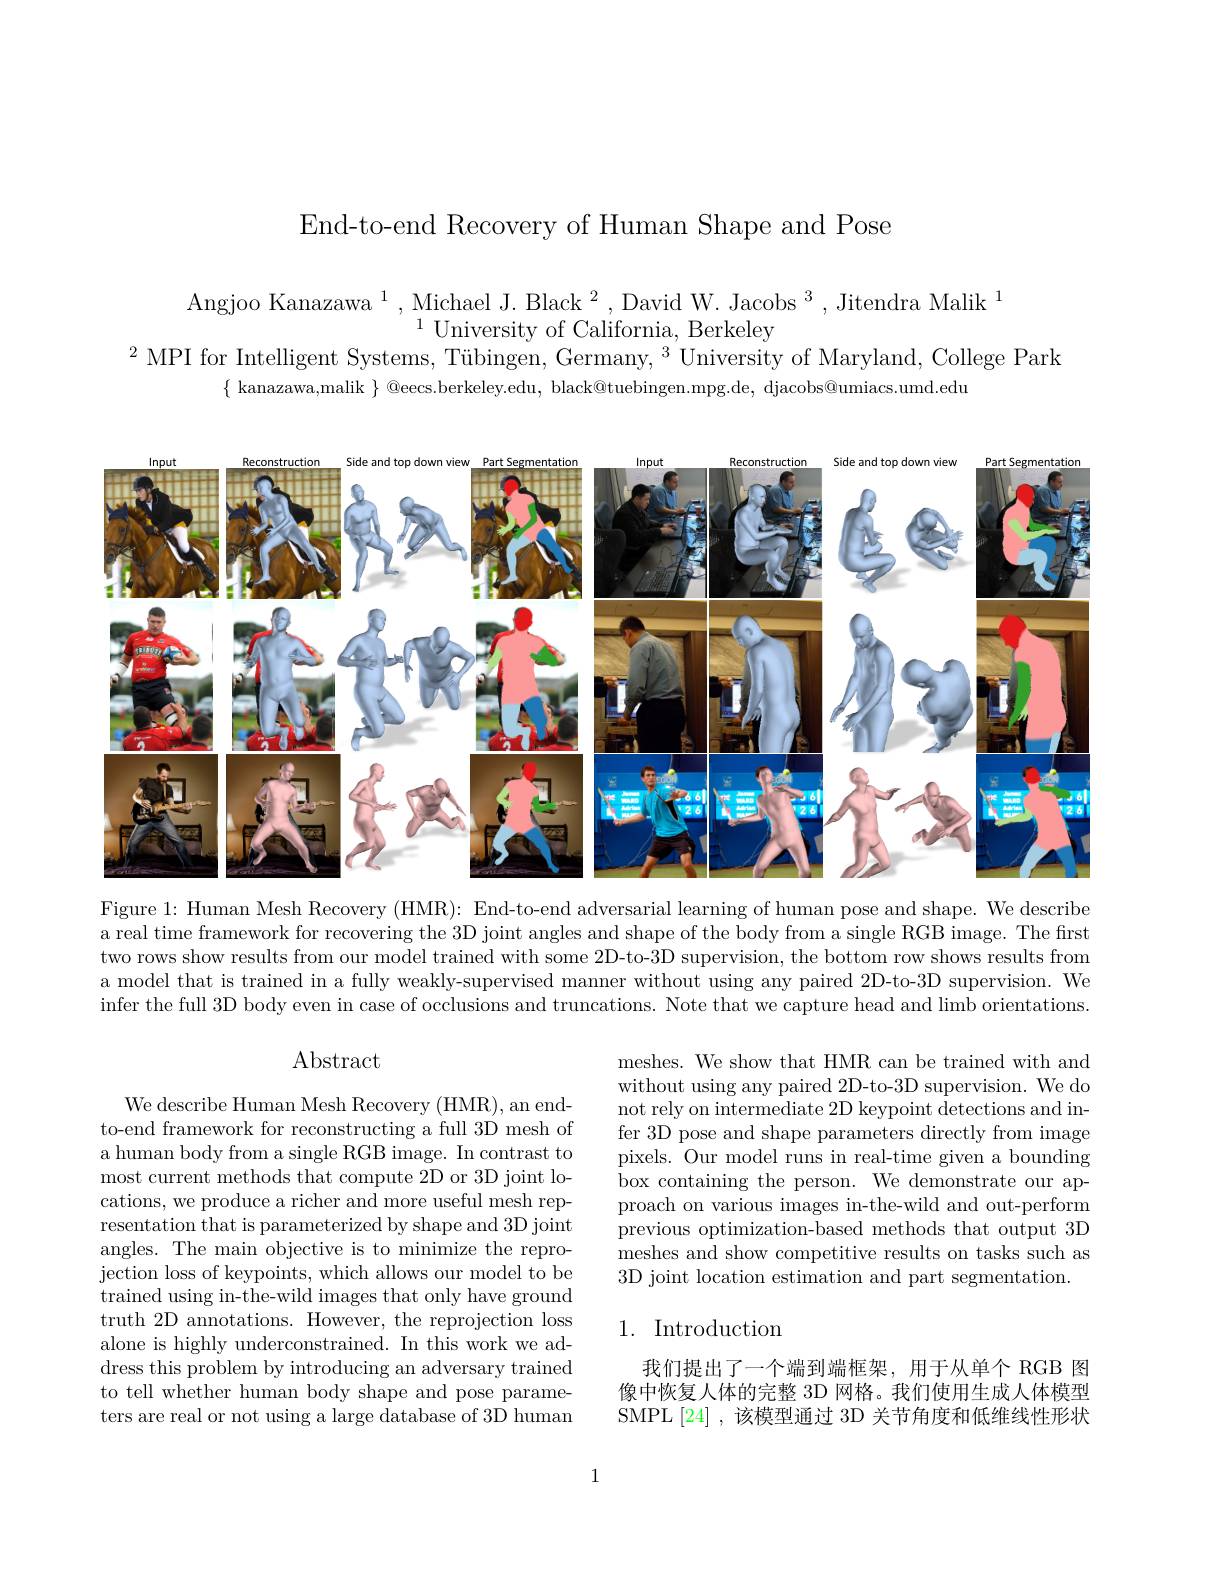
End-to-end Recovery of Human Shape and Pose

Angjoo Kanazawa$^1$,Michael J. Black$^2$,David W. Jacobs$^3$,Jitendra Malik$^1$
$^{1}$University of California, Berkeley
$^{2}$MPI for Intelligent Systems, Tübingen, Germany, $^3$' Universityof Maryland, College Park
$\{$ kanazawa,malik $\}$ @eecs.berkeley.edu, black@tuebingen.mpg.de, djacobs@umiacs.umd.edu

<FigureHere>

Figure 1: Human Mesh Recovery (HMR): End-to-end adversarial learning of human pose and shape. We describe a real time framework for recovering the 3D joint angles and shape of the body from a single RGB image. The first two rows show results from our model trained with some 2D-to-3D supervision, the bottom row shows results from a model that is trained in a fully weakly-supervised manner without using any paired 2D-to-3D supervision. We infer the full 3D body even in case of occlusions and truncations. Note that we capture head and limb orientations.

# $\operatorname{Abstract}$

meshes. We show that HMR can be trained with and without using any paired 2D-to-3D supervision. We do not rely on intermediate 2D keypoint detections and infer 3D pose and shape parameters directly from image pixels. Our model runs in real-time given a bounding ${\mathrm{~box~containing~the~person.~We~demonstrate~our~ap-}}$ proach on various images in-the-wild and out-perform previous optimization-based methods that output 3D meshes and show competitive results on tasks such as 3D joint location estimation and part segmentation.

We describe Human Mesh Recovery (HMR), an endto-end framework for reconstructing a full 3D mesh of a human body from a single RGB image. In contrast to most current methods that compute 2D or 3D joint locations, we produce a richer and more useful mesh representation that is parameterized by shape and 3D joint angles. The main objective is to minimize the reprojection loss of keypoints, which allows our model to be trained using in-the-wild images that only have ground truth 2D annotations. However, the reprojection loss alone is highly underconstrained. In this work we address this problem by introducing an adversary trained to tell whether human body shape and pose parameters are real or not using a large database of 3D human

## 1. Introduction

我们提出了一个端到端框架，用于从单个 RGB 图像中恢复人体的完整 3D 网格。我们使用生成人体模型SMPL[24] ,该模型通过 3D 关节角度和低维线性形状

1